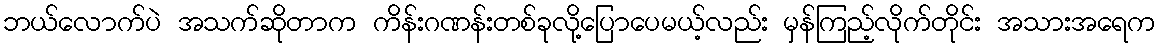
ဘယ်လောက်ပဲ အသက်ဆိုတာက ကိန်းဂဏန်းတစ်ခုလို့ပြောပေမယ့်လည်း မှန်ကြည့်လိုက်တိုင်း အသားအရေက